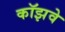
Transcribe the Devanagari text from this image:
कॉझवे